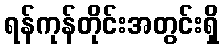
ရန်ကုန်တိုင်းအတွင်းရှိ